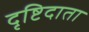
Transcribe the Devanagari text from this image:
दृष्टिदाता